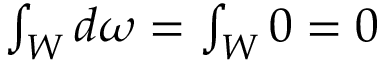
\textstyle \int _ { W } d \omega = \int _ { W } 0 = 0